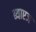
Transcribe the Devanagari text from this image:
ब्याएज